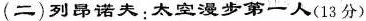
(二)列昂诺失：太空漫步第一人(13分)